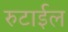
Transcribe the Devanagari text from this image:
रुटाईल